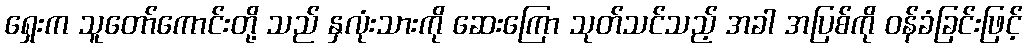
ရှေးက သူတော်ကောင်းတို့ သည် နှလုံးသားကို ဆေးကြော သုတ်သင်သည့် အခါ အပြစ်ကို ဝန်ခံခြင်းဖြင့်